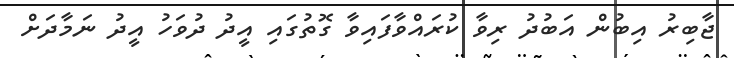
ޖާބިރު އިބުން އަބުދު ރިވާ ކުރައްވާފައިވާ ގޮތުގައި އީދު ދުވަހު އީދު ނަމާދަށް